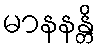
မာနနန္တိ